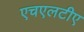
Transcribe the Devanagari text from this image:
एचएलटीए